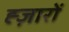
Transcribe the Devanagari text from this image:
ह्ज़ारों